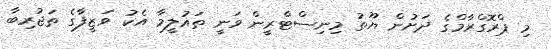
މި ޕްރޮގްރާމްގެ ދަށުން ޔޫތު މިނިސްޓްރީން ވަނީ ތައުލީމާ އެކު ވަޒީފާގެ ތަޖުރިބާ